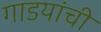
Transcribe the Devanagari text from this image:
गाडयांची